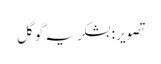
تصویر : بشکریہ گوگل